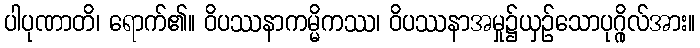
ပါပုဏာတိ၊ ရောက်၏။ ဝိပဿနာကမ္မိကဿ၊ ဝိပဿနာအမှု၌ယှဉ်သောပုဂ္ဂိုလ်အား။